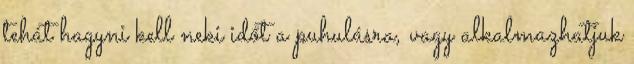
tehát hagyni kell neki időt a puhulásra, vagy alkalmazhatjuk